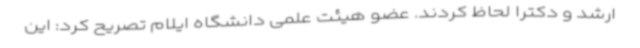
ارشد و دکترا لحاظ کردند. عضو هیئت علمی دانشگاه ایلام تصریح کرد: این